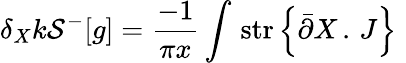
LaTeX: \delta_{X}k{\cal S}^{-}[g]=\frac{-1}{\pi x}\int\, \mathrm{str}\left\{ \bar{\partial}X\, .\, J\right\} \, \,